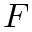
F